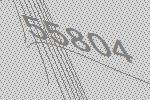
55804